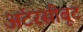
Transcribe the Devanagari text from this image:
अंटरसीबूट